Lunatic asylums Punjab 1911-1921 - 1911-1921
Year: 1911
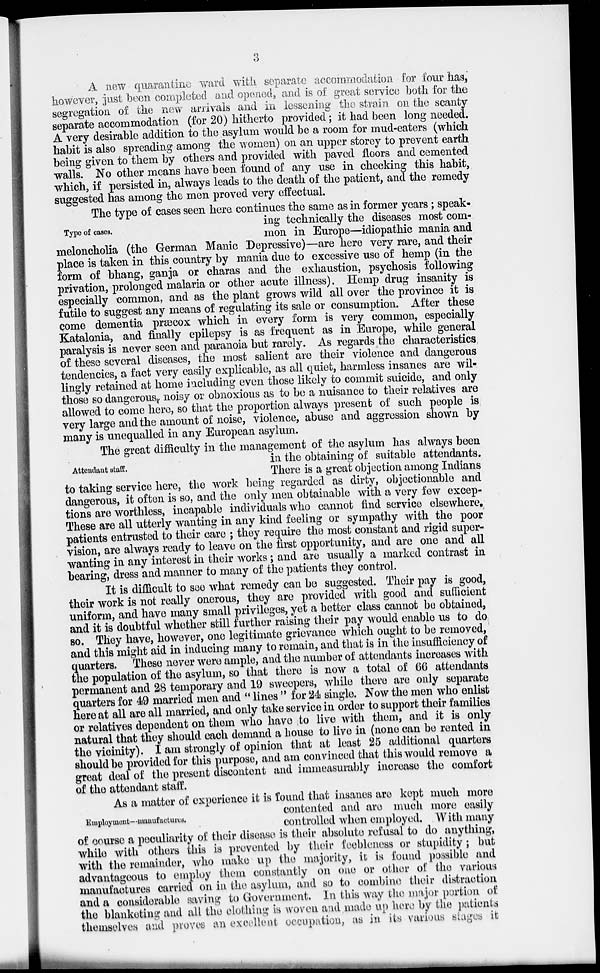
3
A new quarantine ward with separate accommodation for four has,
however, just been completed and opened, and is of great service both for the
segregation of the new arrivals and in lessening the strain on the scanty
separate accommodation (for 20) hitherto provided; it had been long needed.
A very desirable addition to the asylum would be a room for mud-eaters (which
habit is also spreading among the women) on an upper storey to prevent earth
being given to them by others and provided with paved floors and cemented
walls. No other means have been found of any use in checking this habit,
which, if persisted in, always leads to the death of the patient, and the remedy
suggested has among the men proved very effectual.
Type of cases.
The type of cases seen here continues the same as in former years; speak-
ing technically the diseases most com-
mon in Europe—idiopathic mania and
meloncholia (the German Manic Depressive)—are here very rare, and their
place is taken in this country by mania due to excessive use of hemp (in the
form of bhang, ganja or charas and the exhaustion, psychosis following
privation, prolonged malaria or other acute illness). Hemp drug insanity is
especially common. and as the plant grows wild all over the province it is
futile to suggest any means of regulating its sale or consumption. After these
come dementia præcox which in every form is very common, especially
Katalonia, and finally epilepsy is as frequent as in Europe, while general
paralysis is never seen and paranoia but rarely. As regards the characteristics
of these several diseases, the most salient are their violence and dangerous
tendencies, a fact very easily explicable, as all quiet, harmless insanes are wil-
lingly retained at home including even those likely to commit suicide, and only
those so dangerous, noisy or obnoxious as to be a nuisance to their relatives are
allowed to come here, so that the proportion always present of such people is
very large and the amount of noise, violence, abuse and aggression shown by
many is unequalled in any European asylum.
Attendant staff.
The great difficulty in the management of the asylum has always been
in the obtaining of suitable attendants.
There is a great objection among Indians
to taking service here, the work being regarded as dirty, objectionable and
dangerous, it often is so, and the only men obtainable with a very few excep-
tions are worthless, incapable individuals who cannot find service elsewhere.
These are all utterly wanting in any kind feeling or sympathy with the poor
patients entrusted to their care ; they require the most constant and rigid super-
vision, are always ready to leave on the first opportunity, and are one and all
wanting in any interest in their works; and are usually a marked contrast in
bearing, dress and manner to many of the patients they control.
It is difficult to see what remedy can be suggested. Their pay is good,
their work is not really onerous, they are provided with good and sufficient
uniform, and have many small privileges, yet a better class cannot be obtained,
and it is doubtful whether still further raising their pay would enable us to do
so. They have, however, one legitimate grievance which ought to be removed,
and this might aid in inducing many to remain, and that is in the insufficiency of
quarters. These never were ample, and the number of attendants increases with
the population of the asylum, so that there is now a total of 66 attendants
permanent and 28 temporary and 19 sweepers, while there are only separate
quarters for 49 married men and " lines " for 24 single. Now the men who enlist
here at all are all married, and only take service in order to support their families
or relatives dependent on them who have to live with them, and it is only
natural that they should each demand a house to live in (none can be rented in
the vicinity). I am strongly of opinion that at least 25 additional quarters
should be provided for this purpose, and am convinced that this would remove a
great deal of the present discontent and immeasurably increase the comfort
of the attendant staff.
Employment--manufactures.
As a matter of experience it is found that insanes are kept much more
contented and are much more easily
controlled when employed. With many
of course a peculiarity of their disease is their absolute refusal to do anything,
while with others this is prevented by their feebleness or stupidity; but
with the remainder, who make up the majority, it is found possible and
advantageous to employ them constantly on one or other of the various
manufactures carried on in the asylum, and so to combine their distraction
and a considerable saving to Government. In this way the major portion of
the blanketing and all the clothing is woven and made up here by the patients
themselves and proves an excellent occupation, as in its various stages it